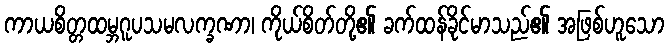
ကာယစိတ္တထမ္ဘဂူပသမလက္ခဏာ၊ ကိုယ်စိတ်တို့၏ ခက်ထန်ခိုင်မာသည်၏ အဖြစ်ဟူသော